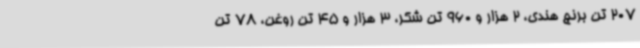
207 تن برنج هندی، 2 هزار و 960 تن شکر، 3 هزار و 45 تن روغن، 78 تن